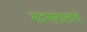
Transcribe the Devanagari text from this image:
मदनलालांचे